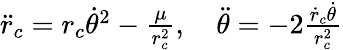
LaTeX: \begin{array}{r}{\ddot{r}_{c}=r_{c}\dot{\theta}^{2}-\frac{\mu}{r_{c}^{2}},\quad\ddot{\theta}=-2\frac{\dot{r}_{c}\dot{\theta}}{r_{c}^{2}}}\end{array}